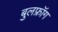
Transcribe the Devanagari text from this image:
बुलफ्रॉग